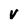
Character: V